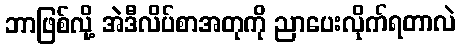
ဘာဖြစ်လို့ အဲဒီလိပ်စာအတုကို ညာပေးလိုက်ရတာလဲ